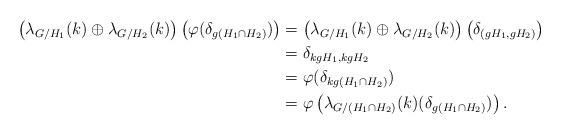
LaTeX: \begin{align*}\left(\lambda_{G/H_1}(k)\oplus\lambda_{G/H_2}(k)\right)\left(\varphi(\delta_{g(H_1\cap H_2)})\right)&=\left(\lambda_{G/H_1}(k)\oplus\lambda_{G/H_2}(k)\right)\left(\delta_{(gH_1,gH_2)}\right) \\&=\delta_{kgH_1,kgH_2} \\&= \varphi(\delta_{kg(H_1\cap H_2)}) \\&=\varphi\left( \lambda_{G/(H_1\cap H_2)}(k)(\delta_{g(H_1\cap H_2)})\right).\end{align*}